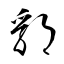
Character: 郛